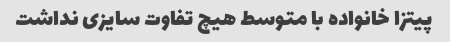
پیتزا خانواده با متوسط هیچ تفاوت سایزی نداشت